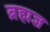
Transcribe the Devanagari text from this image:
ब्रह्मज्ञ